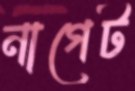
নাগেট